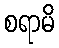
စရာမိ